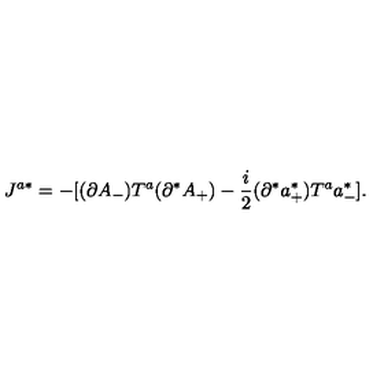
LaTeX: J ^ { a * } = - [ ( \partial A _ { - } ) T ^ { a } ( \partial ^ { * } A _ { + } ) - \frac { i } { 2 } ( \partial ^ { * } a _ { + } ^ { * } ) T ^ { a } a _ { - } ^ { * } ] .